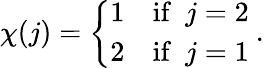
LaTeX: \chi(j)=\left\{ \begin{array}{cl}{{1}}&{{\mathrm{if}\ \ j=2}}\\ {{2}}&{{\mathrm{if}\ \ j=1}}\end{array}\right.\ .